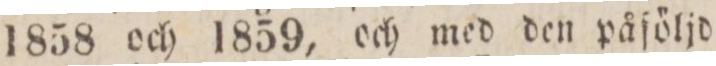
1858 och 1859, och med den påföljd